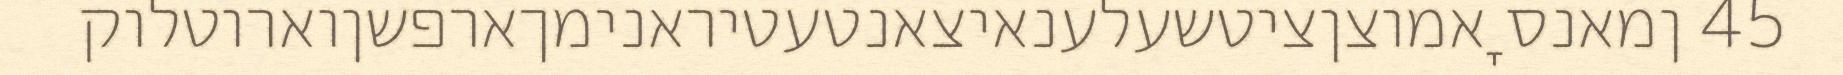
45 ןמאנס ָאמוצןציטשעלענאיצאנטעטיראנימךארפשןוארוטלוק